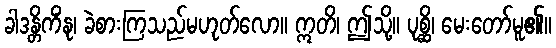
ခါဒန္တိကိံနု၊ ခဲစားကြသည်မဟုတ်လော။ ဣတိ၊ ဤသို့။ ပုစ္ဆိ၊ မေးတော်မူ၏။